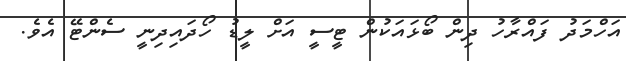
އަހްމަދު ފައްރާހު ދިން ބޯޅައަކުން ޓީސީ އަށް ލީޑު ހޯދައިދިނީ ސެންޓޭ އެވެ.